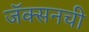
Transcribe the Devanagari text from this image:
जॅक्सनची